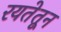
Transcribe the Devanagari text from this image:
रयतेतून